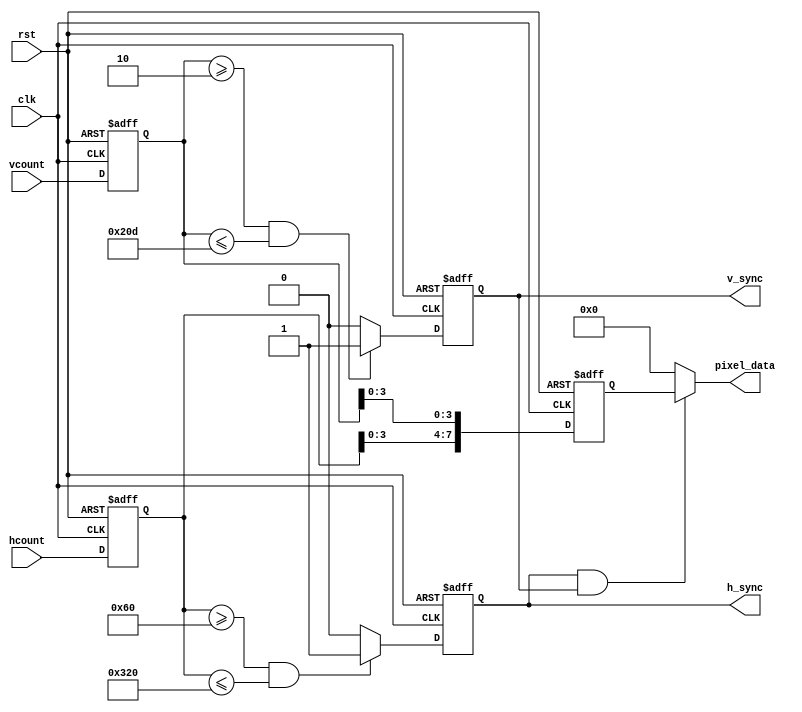
module vga_controller (
    input wire clk,
    input wire rst,
    input wire [9:0] hcount,
    input wire [9:0] vcount,
    output wire h_sync,
    output wire v_sync,
    output wire [7:0] pixel_data
);

reg [9:0] current_h;
reg [9:0] current_v;
reg [7:0] pixel_color;
reg h_sync;
reg v_sync;

always @ (posedge clk or posedge rst) begin
    if (rst) begin
        current_h <= 0;
        current_v <= 0;
        h_sync <= 0;
        v_sync <= 0;
        pixel_color <= 8'h00;
    end else begin
        current_h <= hcount;
        current_v <= vcount;
        
        // Horizontal synchronization logic
        if (current_h >= 96 && current_h <= 800) begin
            h_sync <= 1;
        end else begin
            h_sync <= 0;
        end
        
        // Vertical synchronization logic
        if (current_v >= 2 && current_v <= 525) begin
            v_sync <= 1;
        end else begin
            v_sync <= 0;
        end
        
        // Pixel color generation based on coordinates
        // This is just a placeholder - actual logic will depend on the application
        pixel_color <= { current_h[3:0], current_v[3:0] };
    end
end

// Output the pixel data to the display
always @ (*) begin
    if (h_sync && v_sync) begin
        pixel_data <= pixel_color;
    end else begin
        pixel_data <= 8'h00;
    end
end

endmodule